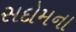
સદોમના